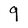
Character: 9